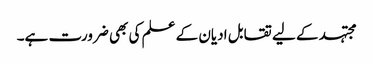
مجتہد کے لیے تقابل ادیان کے علم کی بھی ضرورت ہے۔